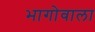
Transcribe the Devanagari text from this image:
भागोवाला